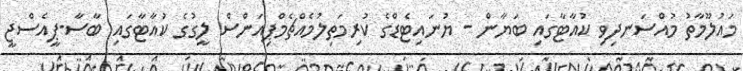
މައުލޫމާތު މުއްސަނދިވި ކުއާޓާގައި ބަޔާން - ޔުނައިޓެޑްގެ ކުރިމަތިލުމެއްޗެމްޕިއަންސް ލީގުގެ ކުއާޓާގައި ބާސާ-ޕީއެސްޖީ